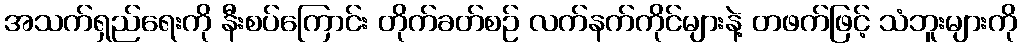
အသက်ရှည်ရေးကို နီးစပ်ကြောင်း တိုက်ခတ်စဉ် လက်နက်ကိုင်များနဲ့ တဖက်ဖြင့် သံဘူးများကို